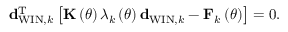
{ \bf d } _ { \mathrm { W I N } , k } ^ { \mathrm { T } } \left[ { \bf K } \left( \theta \right) \lambda _ { k } \left( \theta \right) { \bf d } _ { \mathrm { W I N } , k } - { \bf F } _ { k } \left( \theta \right) \right] = 0 .